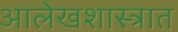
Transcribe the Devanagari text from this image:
आलेखशास्त्रात